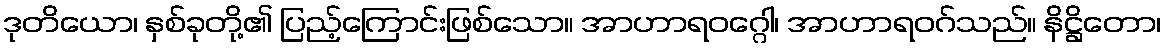
ဒုတိယော၊ နှစ်ခုတို့၏ ပြည့်ကြောင်းဖြစ်သော။ အာဟာရဝဂ္ဂေါ၊ အာဟာရဝဂ်သည်။ နိဋ္ဌိတော၊